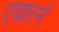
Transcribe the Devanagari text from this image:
एकार्न